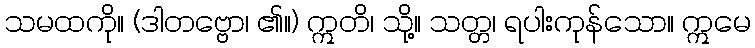
သမထကို။ (ဒါတဗ္ဗော၊ ၏။) ဣတိ၊ သို့။ သတ္တ၊ ရပါးကုန်သော။ ဣမေ